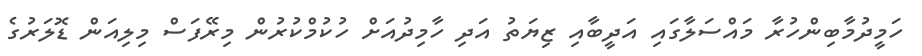
ހަމީދުމާބިންހުރާ މައްސަލާގައި އަދީބާއި ޒިޔަތު އަދި ހާމިދުއަށް ހުކުމްކުރުން މިރޭފަސް މިލިއަން ޑޮލަރުގެ